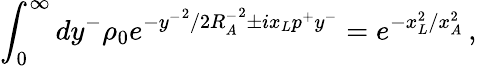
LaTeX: \int_{0}^{\infty}dy^{-}\rho_{0}e^{-{y^{-}}^{2}/2{R_{A}^{-}}^{2}\pm ix_{L}p^{+}y^{-}}=e^{-x_{L}^{2}/x_{A}^{2}}\, ,